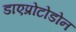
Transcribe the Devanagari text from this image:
डाएप्रोटोडोन